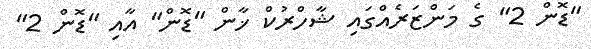
"ޑޮން 2" ގެ މަންޒަރެއްގައި ޝާހްރުކް ޚާން "ޑޮން" އާއި "ޑޮން 2"